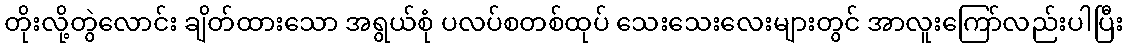
တိုးလို့တွဲလောင်း ချိတ်ထားသော အရွယ်စုံ ပလပ်စတစ်ထုပ် သေးသေးလေးများတွင် အာလူးကြော်လည်းပါပြီး